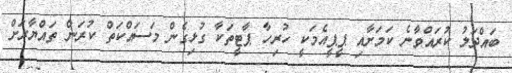
ބައްދަލު ކުރައްވާނެ ކަމަށާއި ޕީޕީއެމަކީ ހުރިހާ ޕާޓީތަކާ ގުޅިގެން މަސައްކަތް ކުރަން ތައްޔާރަށް